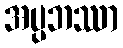
အပ္ပဘဿာ